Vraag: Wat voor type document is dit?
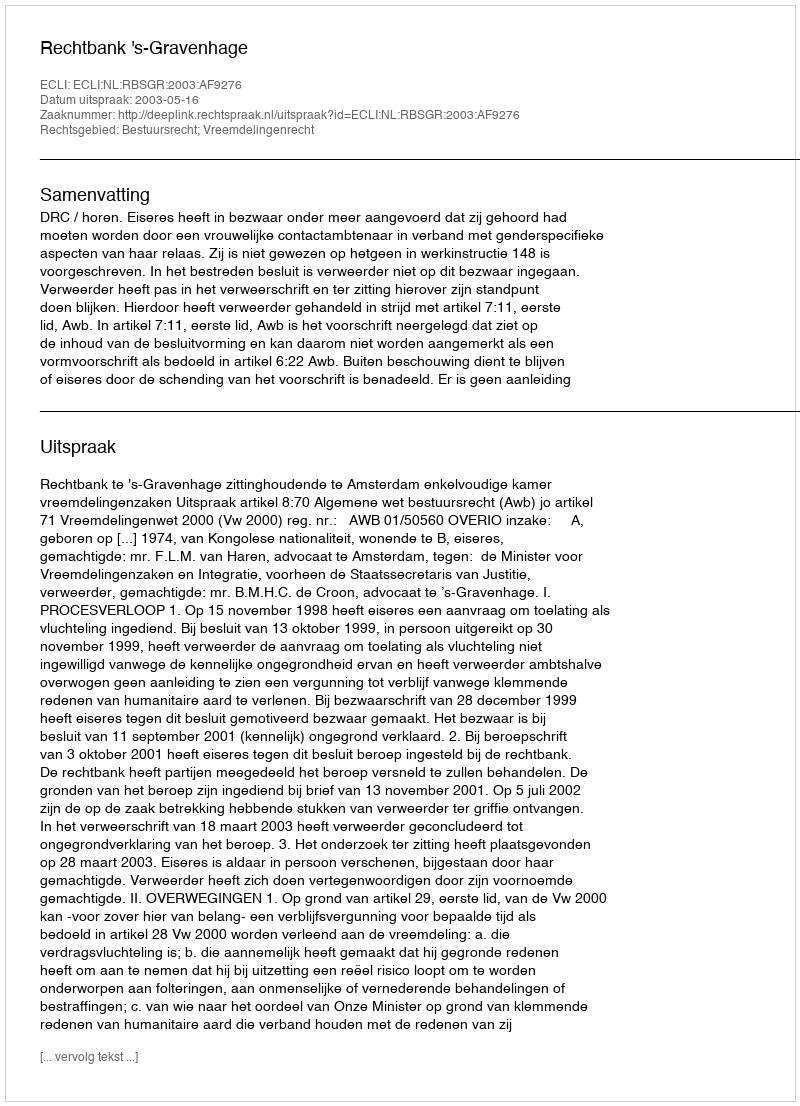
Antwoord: Uitspraak